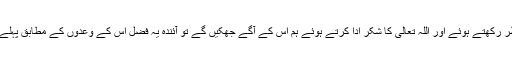
تو جب اس طرح اپنی کمزوریوں پر نظر رکھتے ہوئے اور اللہ تعالیٰ کا شکر ادا کرتے ہوئے ہم اس کے آگے جھکیں گے تو آئندہ یہ فضل اس کے وعدوں کے مطابق پہلے سے بھی بڑھ کر ہم پر نازل ہوں گے۔